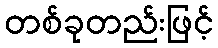
တစ်ခုတည်းဖြင့်